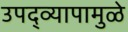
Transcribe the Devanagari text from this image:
उपद्व्यापामुळे